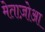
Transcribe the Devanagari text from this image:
मेताज़ोआ